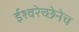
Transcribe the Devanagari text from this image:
ईश्वरेच्छेनेच